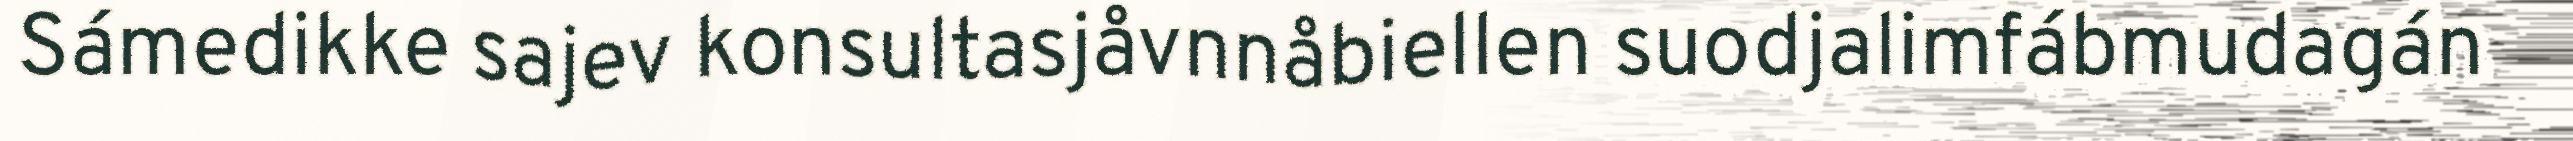
Sámedikke sajev konsultasjåvnnåbiellen suodjalimfábmudagán